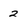
Character: 2